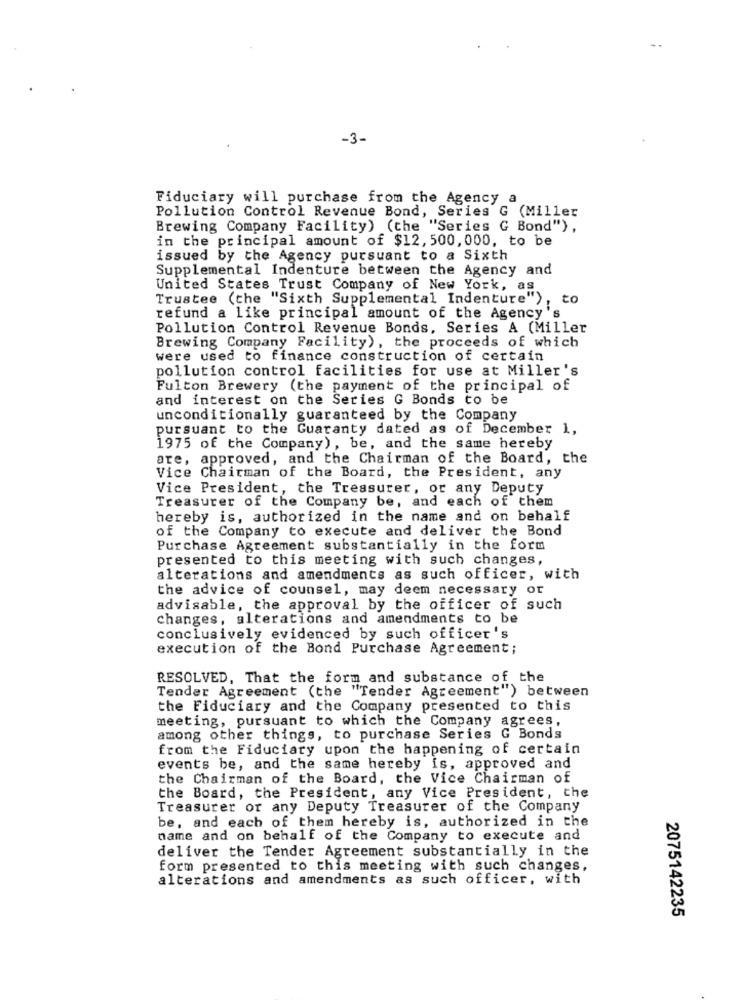
-3-
Fiduciary will purchase from the Agency a
Pollution Control Revenue Bond, Series G (Miller
Brewing Company Facility) (the "Series G Bond") ,
in the principal amount of $12, 500, 000, to be
issued by the Agency pursuant to a Sixth
Supplemental Indenture between the Agency and
United States Trust Company of New York, as
Trustee (the "Sixth Supplemental Indenture") ,
refund a like principal amount of the Agency's
Pollution Control Revenue Bonds, Series A (Miller
Brewing Company Facility), the proceeds of which
were used to finance construction of certain
pollution control facilities for use at Miller's
Fulton Brewery (the payment of the principal of
and interest on the Series G Bonds to be
unconditionally guaranteed by the Company
pursuant to the Guaranty dated as of December 1,
1975 of the Company), be, and the same hereby
are, approved, and the Chairman of the Board, the
Vice Chairman of the Board, the President, any
Vice President, the Treasurer, or any Deputy
Treasurer of the Company be, and each of them
hereby is, authorized in the name and on behalf
of the Company to execute and deliver the Bond
Purchase Agreement substantially in the form
presented to this meeting with such changes,
alterations and amendments as such officer, with
the advice of counsel, may deem necessary or
advisable, the approval by the officer of such
changes, alterations and amendments to be
conclusively evidenced by such officer's
execution of the Bond Purchase Agreement;
RESOLVED, That the form and substance of the
Tender Agreement (the "Tender Agreement") between
the Fiduciary and the Company presented to this
meeting, pursuant to which the Company agrees,
among other things, to purchase Series G Bonds
from the Fiduciary upon the happening of certain
events be, and the same hereby is, approved and
the Chairman of the Board, the Vice Chairman of
the Board, the President, any Vice President, the
Treasurer or any Deputy Treasurer of the Company
be, and each of them hereby is, authorized in the
name and on behalf of the Company to execute and
deliver the Tender Agreement substantially in the
form presented to this meeting with such changes,
alterations and amendments as such officer, with
2075142235